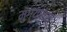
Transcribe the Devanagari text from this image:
मुंग्यांच्या